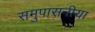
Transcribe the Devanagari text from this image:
समुपासनीया